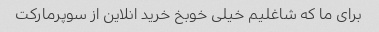
برای ما که شاغلیم خیلی خوبخ خرید انلاین از سوپرمارکت